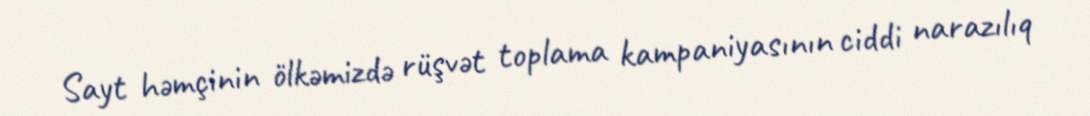
Sayt həmçinin ölkəmizdə rüşvət toplama kampaniyasının ciddi narazılıq